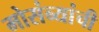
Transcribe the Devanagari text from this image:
मोसंब्यांची